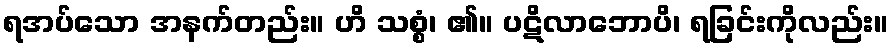
ရအပ်သော အနက်တည်း။ ဟိ သစ္စံ၊ ၏။ ပဋိလာဘောပိ၊ ရခြင်းကိုလည်း။